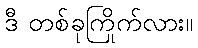
ဒီ တစ်ခုကြိုက်လား။